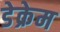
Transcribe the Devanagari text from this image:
डेक्रेम